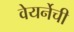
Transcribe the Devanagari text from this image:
वेयर्नेची